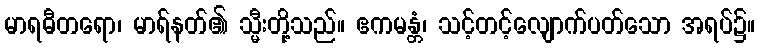
မာရဓီတရော၊ မာရ်နတ်၏ သ္မီးတို့သည်။ ဧကမန္တံ၊ သင့်တင့်လျောက်ပတ်သော အရပ်၌။